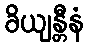
ခိယျန္တီနံ